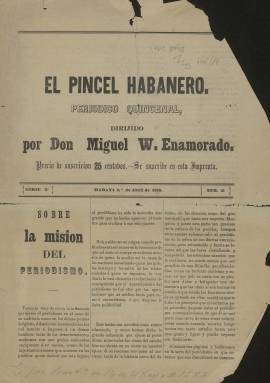
Título: El Pincel habanero
Colección: Revistas de información general
Ámbito geográfico: Cuba
Lugar de publicación: Habana
Fechas: 01/04/1868-01/04/1868

Periódico de la Habana que da testimonio de la importancia y desarrollo que la prensa había alcanzado a la altura de la década de 1860, cuando se publicaban numerosos periódicos y revistas en distintas localidades de la isla.

  Esta publicación, de cuatro páginas, comenzó su andadura en 1863. La Biblioteca Nacional de España solo posee un número de la segunda serie, el correspondiente al 1 de abril de 1868, año en que comenzaría la llamada Guerra de los Diez Años o Guerra de Cuba, la primera de las tres de los insurrectos cubanos que acabaría con la independencia de Cuba de España en 1898.

Se han localizado números de El Pincel habanero de 1878, 1879, 1880 y 1881, año en que se piensa que cesó definitivamente el periódico. Fue una revista literaria quincenal predominantemente, aunque publicó también artículos de jurisprudencia, economía política, moral y agricultura. Pero sobre todo dio a conocer poemas, novelas por capítulos, piezas teatrales y trabajos sobre gramática.

   El Pincel habanero estaba dirigido por Miguel W. Enamorado, cuyo nombre aparece en grandes caracteres tipográficos en el único número que posee la BNE. Casi todos los artículos de la revista fueron escritos por él. La gran mayoría de los ejemplares aparecieron con el siguiente epígrafe: ‘Nada hay de otro autor, amigo mío: todo es original, y todo es mío’.

    Pese a esta rotunda declaración hubo en la revista artículos de varios autores, algunos de los cuales fueron firmados con los seudónimos El guagiro de Almendares y El localista matraca, según el Diccionario de la literatura cubana que figura en la Biblioteca virtual Miguel de Cervantes.

  En el número de la BNE aparece en portada un artículo titulado ‘Sobre la misión del Periodismo’, indicativo de la importancia que la prensa había alcanzado en Cuba y que explica la difusión que tuvieron en la isla las ideas independentistas a partir de la década de 1860.

[Descripción publicada el 7/09/2023]